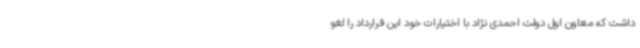
داشت که معاون اول دولت احمدی نژاد با اختیارات خود این قرارداد را لغو